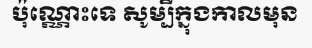
ប៉ុណ្ណោះទេ សូម្បីក្នុងកាលមុន